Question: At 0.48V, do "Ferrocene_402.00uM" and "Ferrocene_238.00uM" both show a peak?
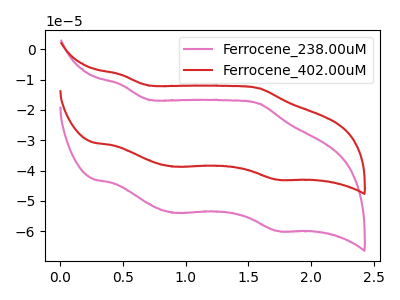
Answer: <think>The pink curve "Ferrocene_238.00uM" has anodic peaks at (0.50V, -11.60uA) (1.60V, -17.90uA) and cathodic peaks at (0.90V, -53.90uA) (1.75V, -59.90uA). The red curve "Ferrocene_402.00uM" has anodic peaks at (0.50V, -8.30uA) (1.60V, -12.85uA) and cathodic peaks at (0.90V, -38.70uA) (1.75V, -43.00uA).</think>
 <answer>Yes, "Ferrocene_402.00uM" and "Ferrocene_238.00uM" share a peak at 0.48V.</answer>
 <eval>match</eval>